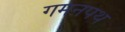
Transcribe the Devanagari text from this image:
गमनपथ